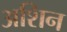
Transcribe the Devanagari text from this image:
अशिन